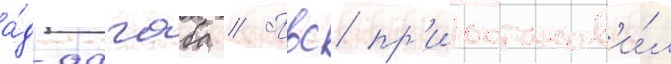
а́д-дагаба // Пвс пр'иостанов'и́л